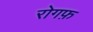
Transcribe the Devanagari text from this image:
रोगफ़